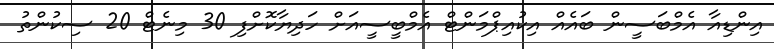
އިންޑިއާ އެމްބަސީން ބައެއް އިކުއިޕްމަންޓް އެމްބީސީއަށް ހަދިޔާކޮށްފި 30 މިނެޓް 20 ސިކުންތު